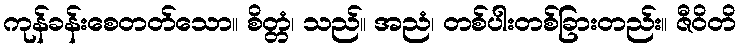
ကုန်ခန်းစေတတ်သော။ စိတ္တံ၊ သည်။ အညံ၊ တစ်ပါးတစ်ခြားတည်း။ ဇီဝိတိ